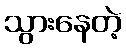
သွားနေတဲ့